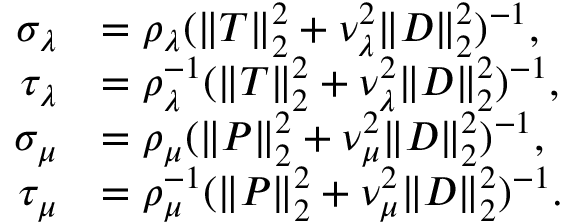
\begin{array} { r l } { \sigma _ { \lambda } } & { = \rho _ { \lambda } ( \| T \| _ { 2 } ^ { 2 } + \nu _ { \lambda } ^ { 2 } \| D \| _ { 2 } ^ { 2 } ) ^ { - 1 } , } \\ { \tau _ { \lambda } } & { = \rho _ { \lambda } ^ { - 1 } ( \| T \| _ { 2 } ^ { 2 } + \nu _ { \lambda } ^ { 2 } \| D \| _ { 2 } ^ { 2 } ) ^ { - 1 } , } \\ { \sigma _ { \mu } } & { = \rho _ { \mu } ( \| P \| _ { 2 } ^ { 2 } + \nu _ { \mu } ^ { 2 } \| D \| _ { 2 } ^ { 2 } ) ^ { - 1 } , } \\ { \tau _ { \mu } } & { = \rho _ { \mu } ^ { - 1 } ( \| P \| _ { 2 } ^ { 2 } + \nu _ { \mu } ^ { 2 } \| D \| _ { 2 } ^ { 2 } ) ^ { - 1 } . } \end{array}